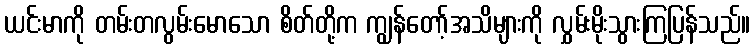
ယင်းမာကို တမ်းတလွမ်းမောသော စိတ်တို့က ကျွန်တော့်အသိများကို လွှမ်းမိုးသွားကြပြန်သည်။